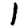
Digit: 1